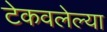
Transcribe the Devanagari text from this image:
टेकवलेल्या